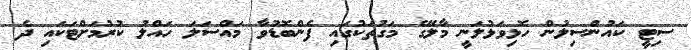
ސިޓީ ކައުންސިލުން ހޮޅިވަޅުލަނީ މާލޭގެ މަގުތަކުގައި ފެންބޮޑުވާ މައްސަލަ ހައްލު ކުރުމަށްޓަކައި ދެ